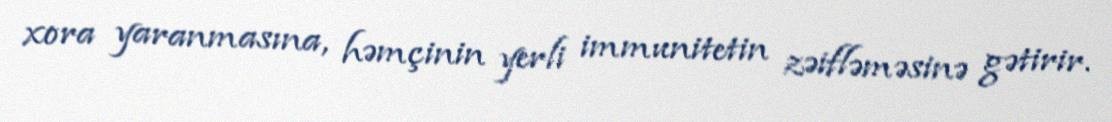
xora yaranmasına, həmçinin yerli immunitetin zəifləməsinə gətirir.